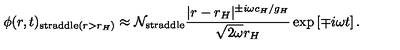
\phi ( r , t ) _ { \mathrm { s t r a d d l e } ( r > r _ { H } ) } \approx { \cal N } _ { \mathrm { s t r a d d l e } } { \frac { | r - r _ { H } | ^ { \pm i \omega c _ { H } / g _ { H } } } { \sqrt { 2 \omega } r _ { H } } } \exp \left[ \mp i \omega t \right] .